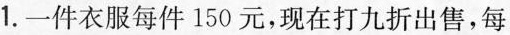
1.一件衣服每件150元，现在打九折出售，每